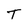
Character: T